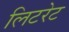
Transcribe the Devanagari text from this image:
लिटरेट